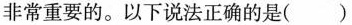
非常重要的。以下说法正确的是()